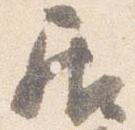
居